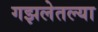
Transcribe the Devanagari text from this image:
गझलेतल्या